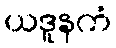
ယဒူနကံ